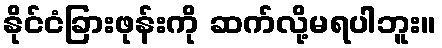
နိုင်ငံခြားဖုန်းကို ဆက်လို့မရပါဘူး။